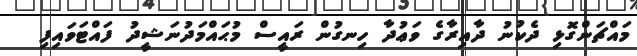
މައްޗަންގޮޅި ދެކުނު ދާއިރާގެ ވަޢުދާ ހިނގުން ރައީސް މުޙައްމަދުނަޝީދު ފައްޓަވައިފި